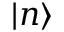
| n \rangle